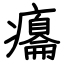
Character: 癟